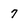
Character: 7